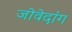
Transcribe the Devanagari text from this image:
जोवेदांग